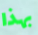
بهذا